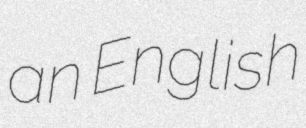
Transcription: an English